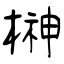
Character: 榊